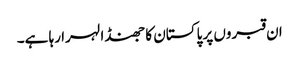
ان قبروں پر پاکستان کا جھنڈا لہرا رہا ہے۔